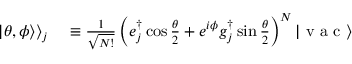
\begin{array} { r l } { | \theta , \phi \rangle \rangle _ { j } } & { { } \equiv \frac { 1 } { \sqrt { N ! } } \left( e _ { j } ^ { \dag } \cos \frac { \theta } { 2 } + e ^ { i \phi } g _ { j } ^ { \dag } \sin \frac { \theta } { 2 } \right) ^ { N } | \mathrm { ~ v ~ a ~ c ~ } \rangle } \end{array}